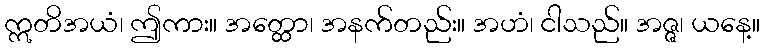
ဣတိအယံ၊ ဤကား။ အတ္ထော၊ အနက်တည်း။ အဟံ၊ ငါသည်။ အဇ္ဇ၊ ယနေ့။